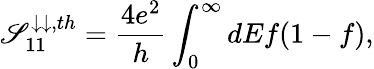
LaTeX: {\mathscr{S}_{11}^{\downarrow\downarrow,th}=\frac{{4e^{2}}}{{h}}\int_{0}^{\infty}dEf(1-f)},